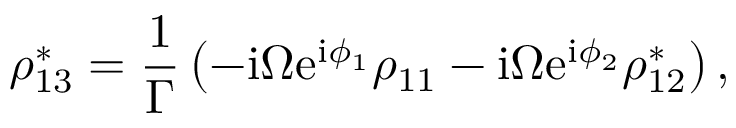
\rho _ { 1 3 } ^ { * } = \frac { 1 } { \Gamma } \left( - \mathrm { i } \Omega \mathrm { e } ^ { \mathrm { i } \phi _ { 1 } } \rho _ { 1 1 } - \mathrm { i } \Omega \mathrm { e } ^ { \mathrm { i } \phi _ { 2 } } \rho _ { 1 2 } ^ { * } \right) ,